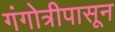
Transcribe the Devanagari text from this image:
गंगोत्रीपासून